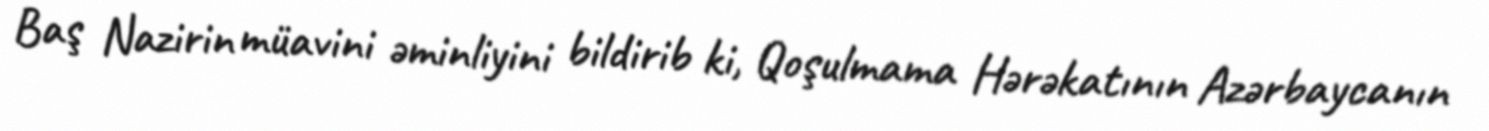
Baş Nazirin müavini əminliyini bildirib ki, Qoşulmama Hərəkatının Azərbaycanın